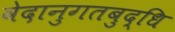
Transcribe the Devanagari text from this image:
वेदानुगतबुद्धि